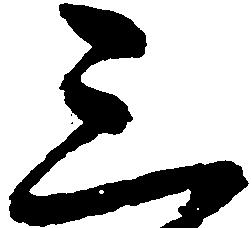
三